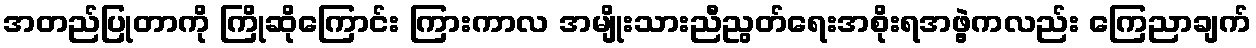
အတည်ပြုတာကို ကြိုဆိုကြောင်း ကြားကာလ အမျိုးသားညီညွတ်ရေးအစိုးရအဖွဲ့ကလည်း ကြေညာချက်